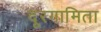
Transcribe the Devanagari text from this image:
दूरगामिता